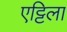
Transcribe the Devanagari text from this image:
एट्टिला